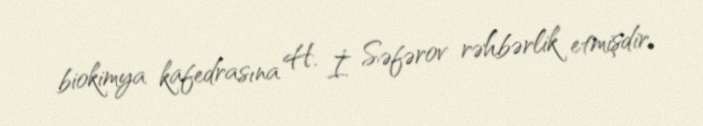
biokimya kafedrasına H. İ. Səfərov rəhbərlik etmişdir.